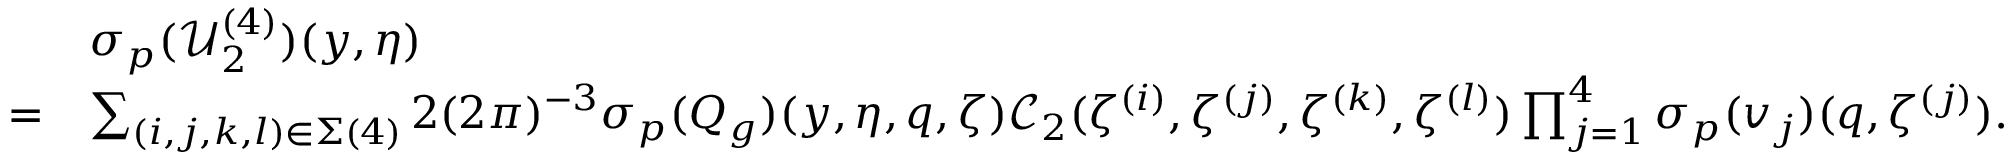
\begin{array} { r l } & { { { \sigma _ { p } } } ( \mathcal { U } _ { 2 } ^ { ( 4 ) } ) ( y , \eta ) } \\ { = } & { \sum _ { ( i , j , k , l ) \in \Sigma ( 4 ) } 2 ( 2 \pi ) ^ { - 3 } { { \sigma _ { p } } } ( Q _ { g } ) ( y , \eta , q , \zeta ) \mathcal { C } _ { 2 } ( \zeta ^ { ( i ) } , \zeta ^ { ( j ) } , \zeta ^ { ( k ) } , \zeta ^ { ( l ) } ) \prod _ { j = 1 } ^ { 4 } { { \sigma _ { p } } } ( v _ { j } ) ( q , \zeta ^ { ( j ) } ) . } \end{array}